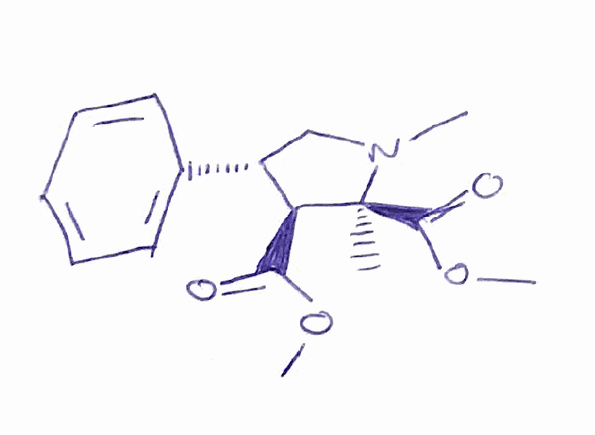
Simplified molecular-input line-entry system (SMILES) notation of the given molecule:
C[C@@]1([C@H]([C@@H](CN1C)C2=CC=CC=C2)C(=O)OC)C(=O)OC